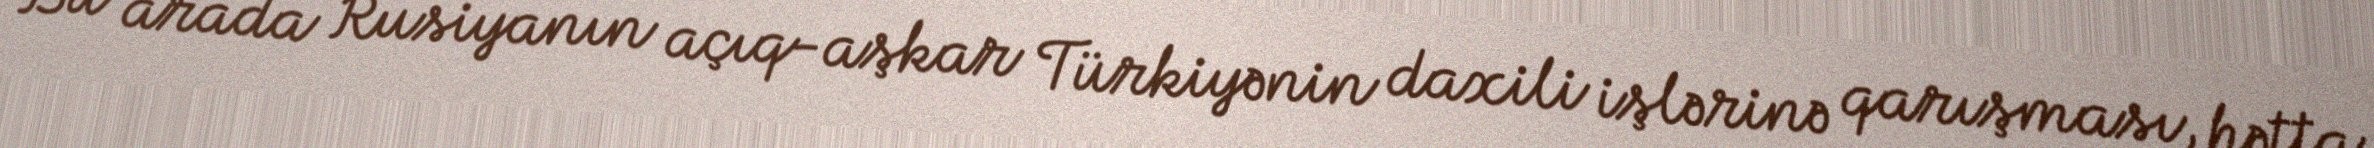
Bu arada Rusiyanın açıq-aşkar Türkiyənin daxili işlərinə qarışması, hətta